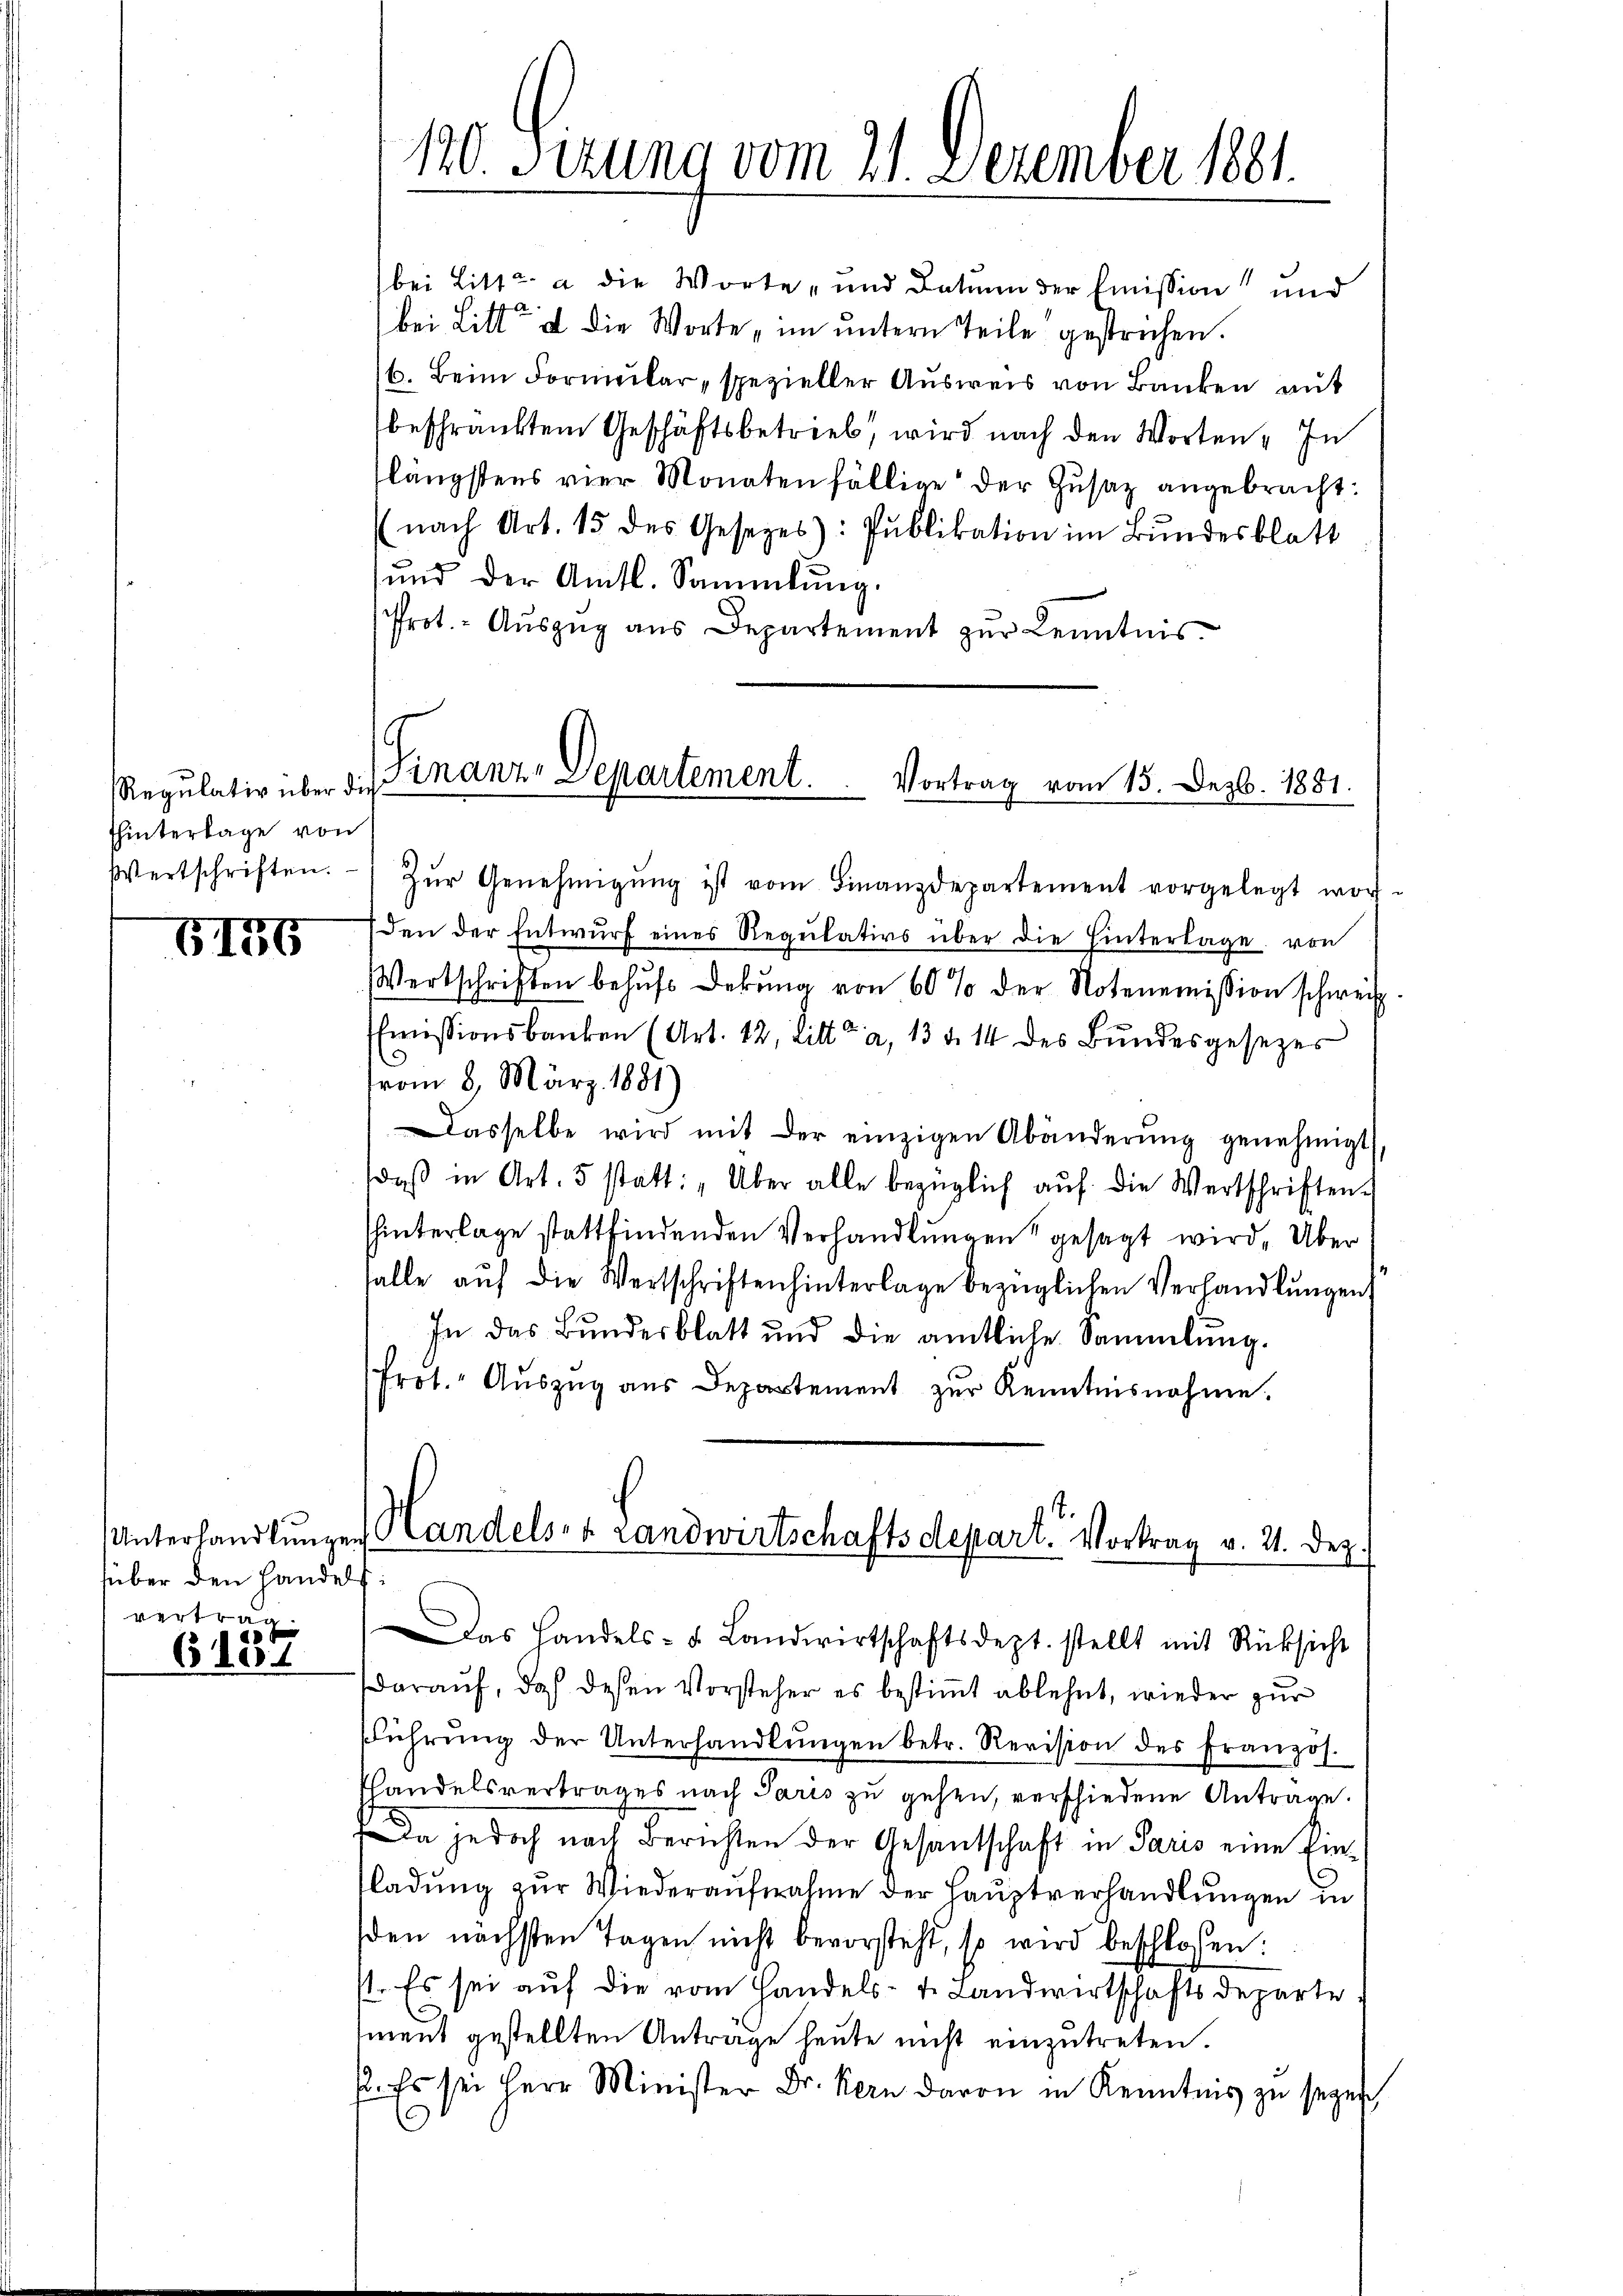
Regulativ über die
Thinterlage von

6176

über den Handelfi
vertrag.

6101

120. Sizung vom 21. Dezember 1881.

bei Litt: a die Worte „und Datum der Emission und
bei Litte & die Worte „im untern Teile gestrichen.
6. Beim Formular, spezieller Ausweis von Banken mit
beschränktem Geschäftsbetrieb, wird nach den Worten. In
längstens vier Monatenfällige der Zŭsaz angebracht:
nach Art. 15 des Gesetzes: Pŭblikation im Bŭndesblatt
ŭnd der Amtl. Sammlung.
Prot. - Auszug aus Departement zur Kenntnis.

Wertschriften. Zŭr Genehmigŭng ist vom Finanzdepartement vorgelegt wor
den der Entwŭrf eines Regŭlativs über die hinterlage von
Wertschriften behŭfs Dekŭng von 60 % der Notenemission schweiz
Emissionsbanken (Art. 12, Litt. a, 13 v. 14 des Bundesgesezes
vom 8. März 1881)
Dasselbe wird mit der einzigen Abänderŭng genehmigt
daβ in Art. 5 statt: „Über alle bezüglich aŭf die Wertschriften.
hinterlage stattfindenden Verhandlungen gesagt wird. Über
falle auf die Wertschriften hinterlage bezüglichen Verhandlungen
In das Bundesblatt und die amtliche Sammlung.
frot. Aŭszŭg aŭs Departement zŭr Kenntnisnahme.
.
Unterhandlŭngen andelsre Landwirtschaftsdepart. Vortrag v. 21. Dez.
Das Handels- u. Landwirtschaftsdept. stellt mit Rücksicht
Darauf, daß dessen Vorsteher es bestimmt ablehnt, wieder zur
führŭng der Unterhandlŭngen betr. Revision des Französ.
Thandelsvertrages nach Paris zu gehen, verschiedene Antrage.
Da jedoch nach Berichten der Gesantschaft in Paris eine Ein-
ladung zur Wiederaufnahme der Hauptverhandlungen in
den nächsten Tagen nicht bevorsteht, so wird beschlossen:
1. Es sei auf die vom Handels- u. Landwirtschaftsdeparte
ment gestellten Anträge heute nicht einzutreten.
p. Es sei Herr Minister Dr. Kern davon in Kenntnis zu seyen

Finanz-Departement.  ..  Vortrag vom 15. Dezb. 1881.